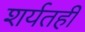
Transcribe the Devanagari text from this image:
शर्यतही